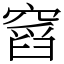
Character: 𥧹